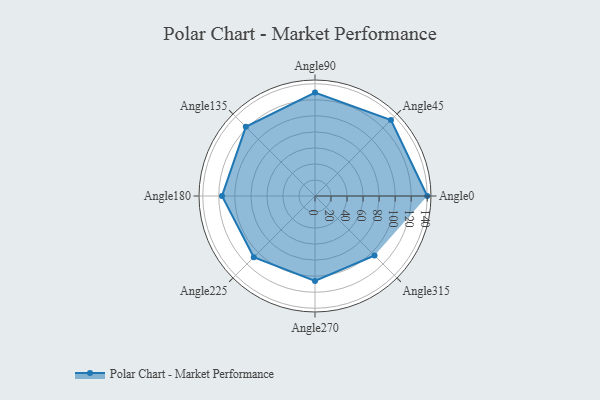
{"axis": {"x": "Angle", "y": "Radius"}, "legend": [""], "data": [{"x": "Angle0", "y": 140.0, "type": ""}, {"x": "Angle45", "y": 134.0, "type": ""}, {"x": "Angle90", "y": 129.0, "type": ""}, {"x": "Angle135", "y": 122.0, "type": ""}, {"x": "Angle180", "y": 116.0, "type": ""}, {"x": "Angle225", "y": 108.0, "type": ""}, {"x": "Angle270", "y": 106.0, "type": ""}, {"x": "Angle315", "y": 105.0, "type": ""}]}